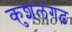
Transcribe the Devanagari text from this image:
कुशलगढ